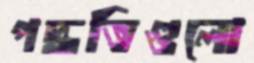
পদ্ধতিগুলো